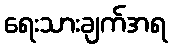
ရေးသားချက်အရ